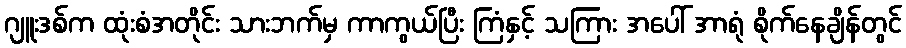
ဂျူးဒစ်က ထုံးစံအတိုင်း သားဘက်မှ ကာကွယ်ပြီး ကြံနှင့် သကြား အပေါ် အာရုံ စိုက်နေချိန်တွင်